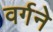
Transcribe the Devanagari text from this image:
वर्गने